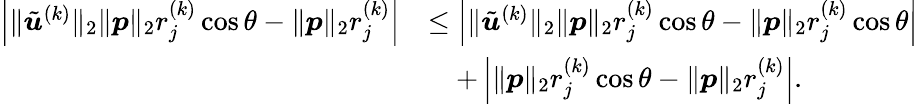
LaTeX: \begin{array}{rl}{\left|\| \tilde{{\boldsymbol u}}^{(k)}\| _{2}\| {\boldsymbol p}\| _{2}r_{j}^{(k)}\cos\theta-\| {\boldsymbol p}\| _{2}r_{j}^{(k)}\right|}&{\leq\left|\| \tilde{{\boldsymbol u}}^{(k)}\| _{2}\| {\boldsymbol p}\| _{2}r_{j}^{(k)}\cos\theta-\| {\boldsymbol p}\| _{2}r_{j}^{(k)}\cos\theta\right|}\\ &{\quad+\left|\| {\boldsymbol p}\| _{2}r_{j}^{(k)}\cos\theta-\| {\boldsymbol p}\| _{2}r_{j}^{(k)}\right|.}\end{array}